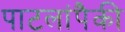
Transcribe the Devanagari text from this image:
पाटलांपैकी